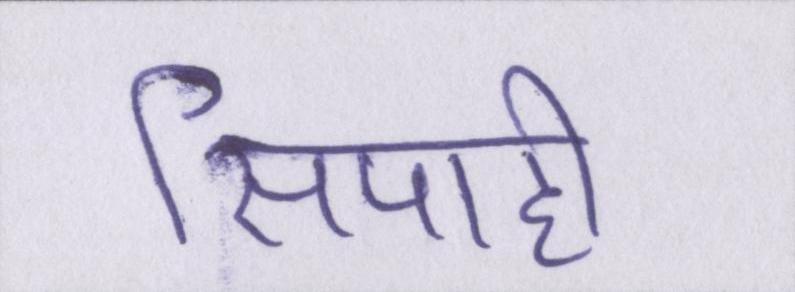
सिपाही